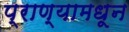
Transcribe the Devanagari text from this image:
प्राण्यामधून